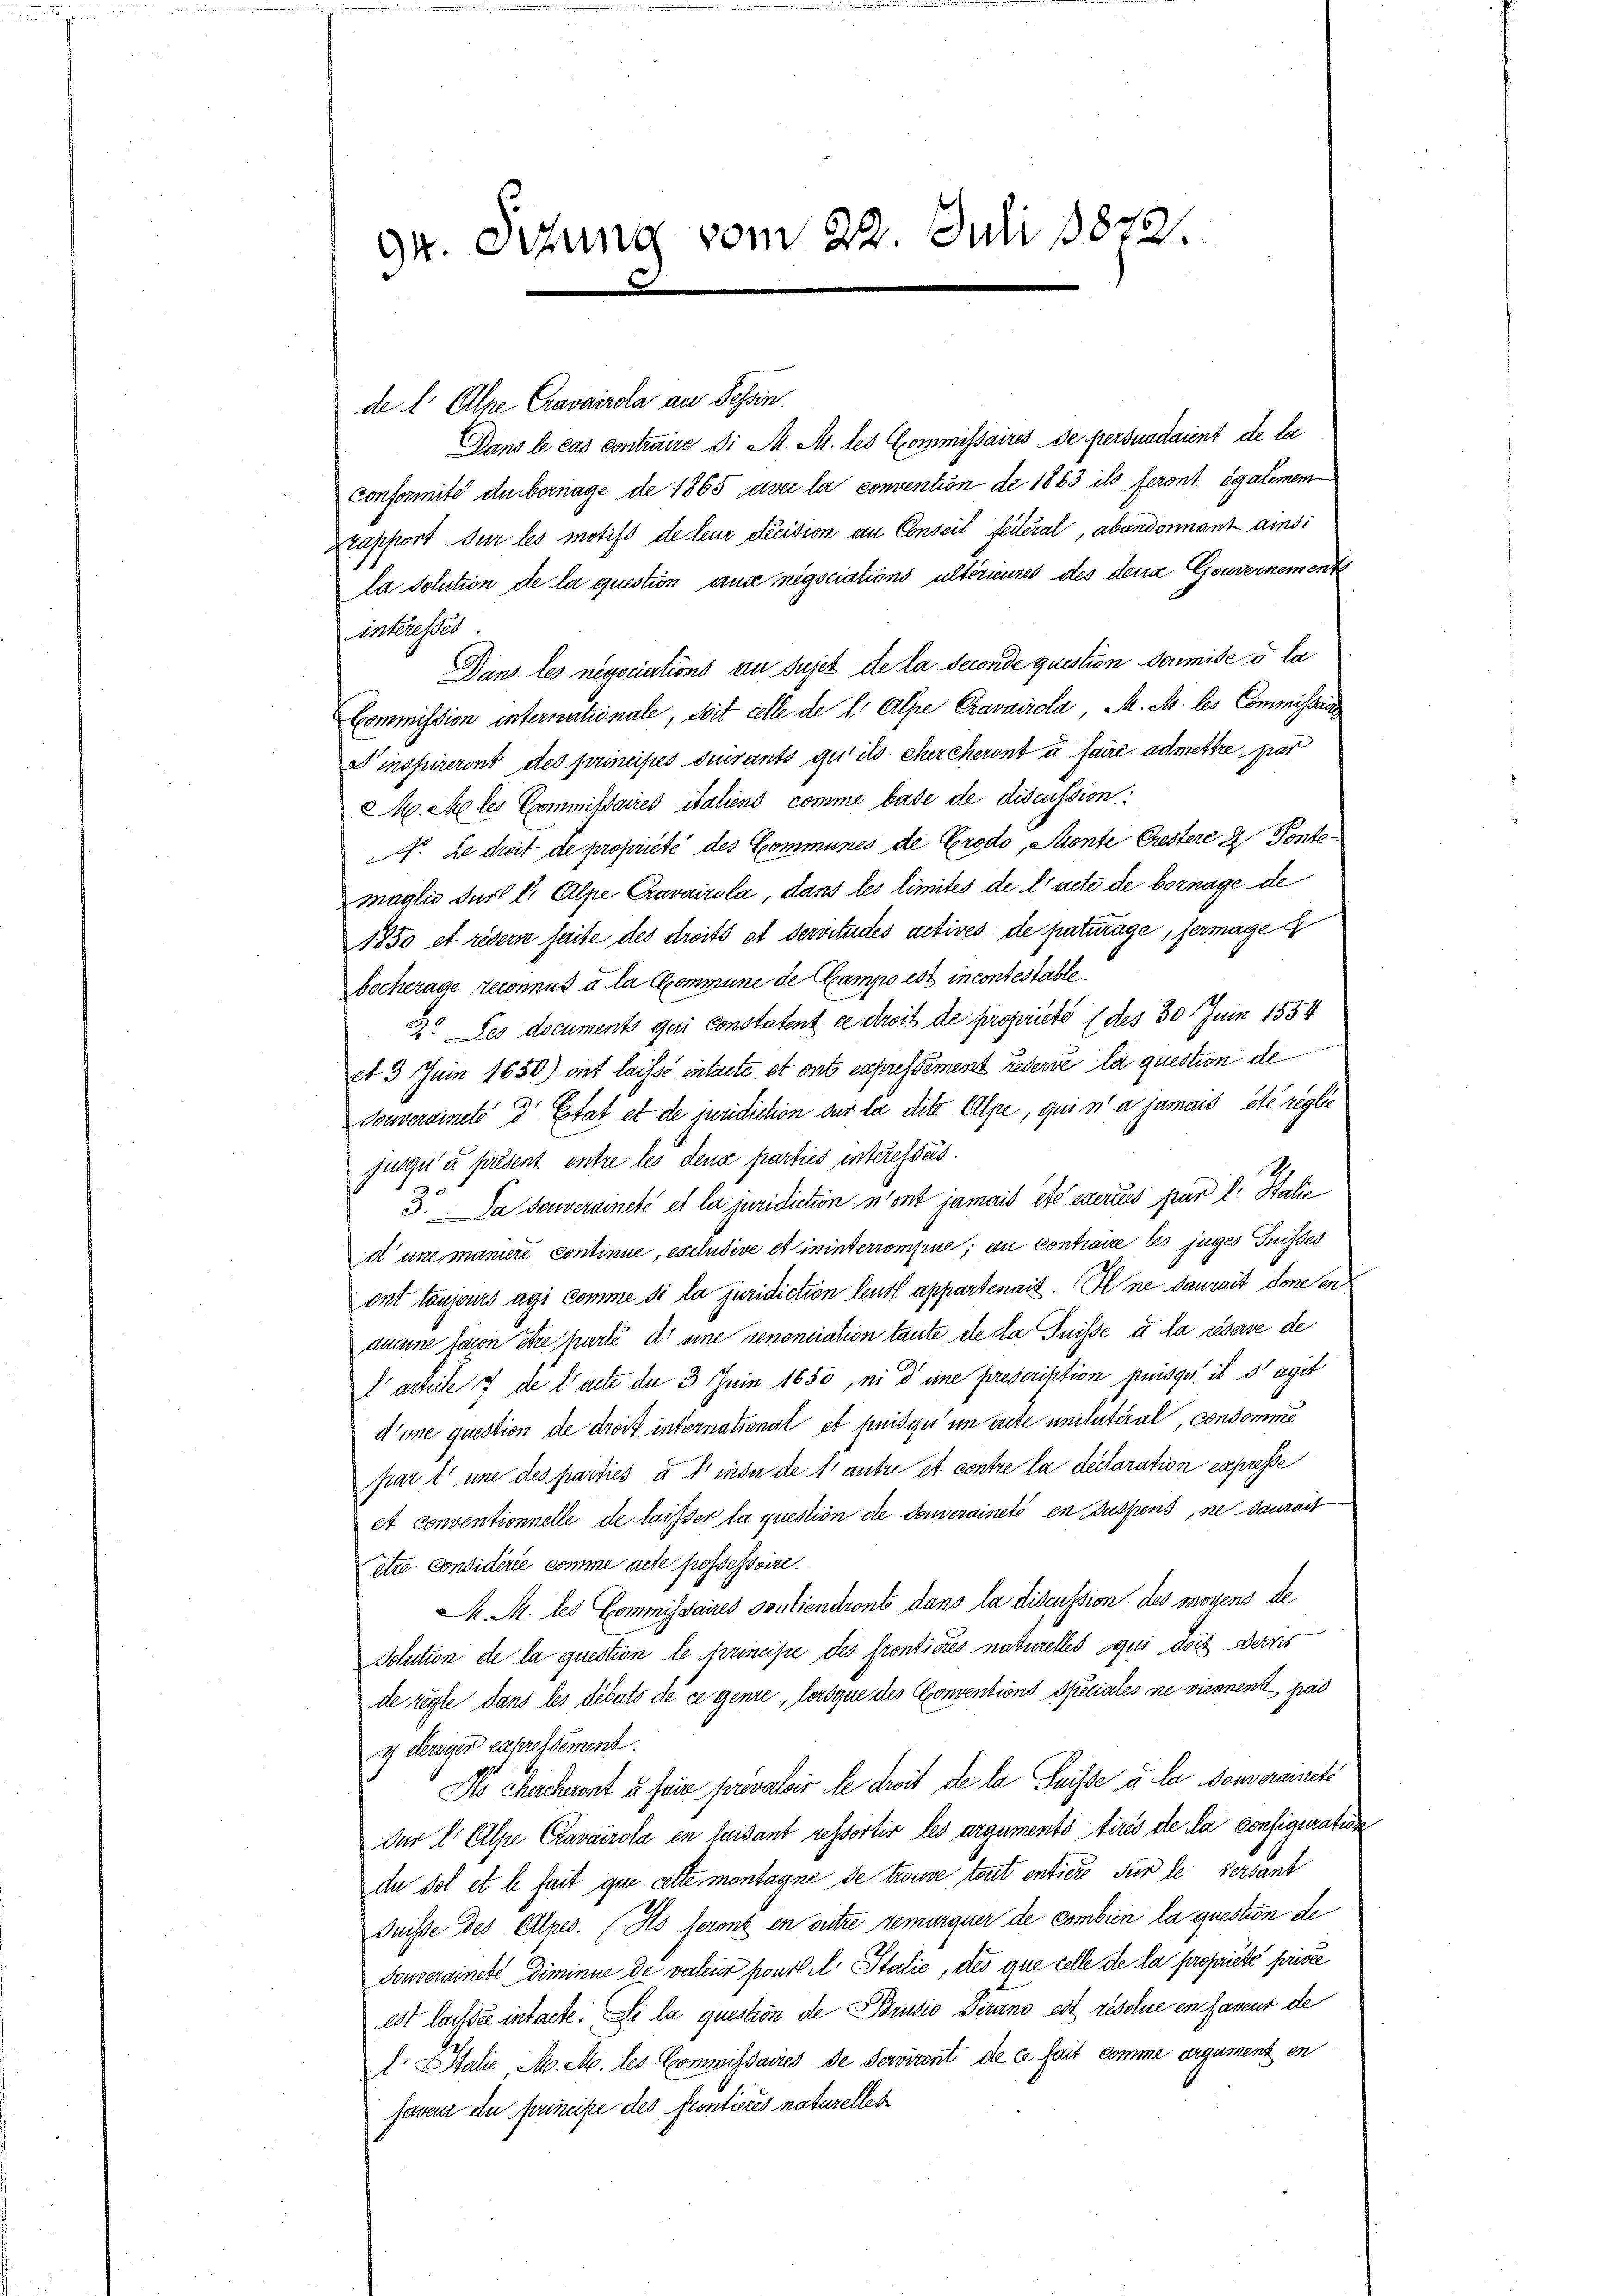
gr. Sitzung vom 22. Juli 1873.

de l. Alle Cravairda an Tessin.
Dans le cas contraire d. M. M. des Commissaires de persuadaient de la
Confermité du bornage de 1865 avec la convention de 1863 ils feront égalemen
zrapport ur les motifs de leur décision an Conseil fédéral, abandonnant ainsi
la solution de la question ause negociations ultérieures des dena Gouvernement
interesses
Dans les negociations an Sujet de la seconde question domite à la
Commission internationale, soit celle de Er Alpe Cravaiiola, M. M. les Commissair
Dinspireront des principés suivants qu’ils chercheront à faire admettre par
M. Meles Commissaires italiens comme base de discussion
. Le dreit de proprieté des Communes de Grodo, Monte Crestere 2 Pontemaglio durch l Alpe Cravairola, dans les limites de l’acte de bornage de
1850 et rederre faite des droits et dervitutes actives de paturage, fermage
bocherage reconnus à la Commune de Campo est incontestable
2. Les documents qui constatent ce droit de propriete (des 30 Juin 1554
et 3 Juin 1650) ont laisse interte et ont expressément rederve la question de
Souveraineté dr Etat et de juridiction der la dite Alpe, qui sa jamais été reglic
jusqu’à present entre les dence parties interesses.
3. Da souversineté et la juridiction n’ont jamais et exerius par l. Stalie
d'une maniere continue, exclusive et ininterrompue; an contraire les juges Suisses
ont toujours agi comme si la juridiction leurs appartenais. Il ne daurait done en
aune faron Stre parte er eine renonciation taute de la Suisse u. la réserve de
larteile 7 de l’acte der 3 Juin 1650, ni d eine prescription puisgi il d’agit
d’une question de droit international et heisqui im arite unilatéral, consomme
part une des parties à l’insu de 1 antre et contre la declaration expresse
et conventionnelle de laiser la question die Souveraineté en Suspens, ne Tanzart
etta Considérée comme acte possessoire.
M. M. des Commissaires Soutiendront dans la discussion des moyens de
Solution de la question de Arzneise des fronticres naturelles qui doit derzes
de regte dans les debats de ce genie, lorsque des Conventions Speciales ne viennent pas
 Kerager expressément.
Do Chercherent à fein prevaloir le droit de la Suisse u. da souveranete
Der Er Alpe Cravairola en faisant ressortir les arguments tirés de la configuration
da sol et le fait que alte montagne de trouve tout entiere sur le servant
Duisse des Alles. (Ns feront en outre remarquer de combien la question de
Douveraineté diminue de valeur pour l. Stalie, des que celle de la propriété prise
est laisse intacte. Si la question de Brusio Dirano est resolue en faveur de
A Italie M. M. les Commissaires de Serviront de ce sait comme orgament en
haven die principe des Frontieres naturelles